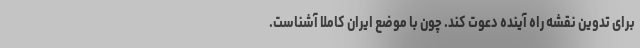
برای تدوین نقشه راه آینده دعوت کند. چون با موضع ایران کاملا آشناست.